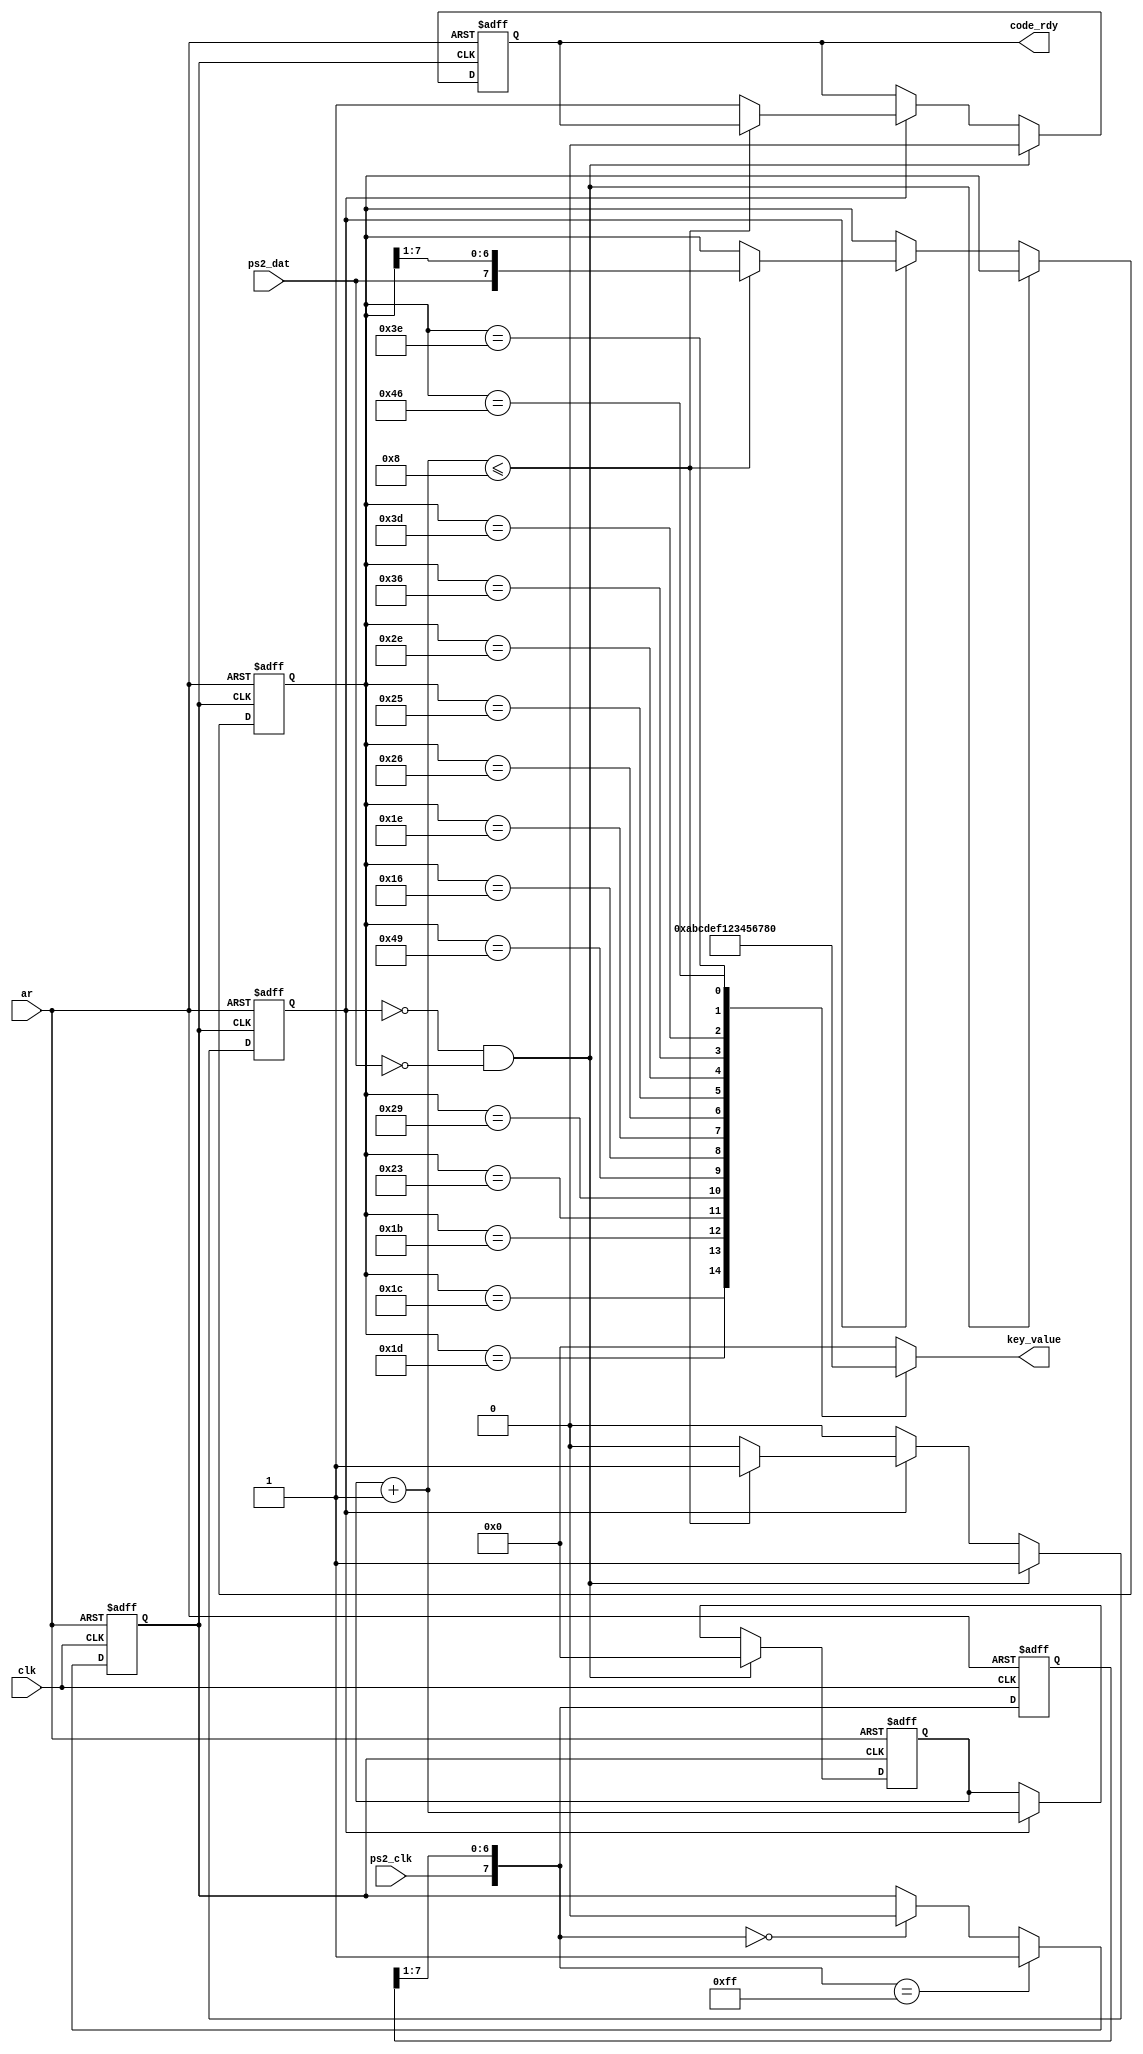
module kbd(ar, clk, ps2_clk, ps2_dat, key_value, code_rdy);
	input	ar;		// active low
	input	clk;  // 25 or 50 MHz should be okay
	input  ps2_clk;
	input	ps2_dat;
	output reg [3:0] key_value; // 0, 1, 3,.., A, B,... F (hex values)
	output reg  code_rdy;
	
	reg [7:0] code;
	   
	reg	ps2_clk_filt;
	reg [7:0] filter_sr;
	
	always @(negedge ar or posedge clk)
	if(~ar)
	   begin
			ps2_clk_filt = 1'b0;
			filter_sr = 8'b0;
	   end
	else
	   begin
	   filter_sr = {ps2_clk, filter_sr[7:1]};
	   
	   if(filter_sr == 8'hff)
		ps2_clk_filt = 1'b1;
		
		else if(filter_sr == 8'h00)
			ps2_clk_filt = 1'b0;
			
	  end
    
    
	reg [3:0]	bit_count;
	reg			currently_receiving;
	
	always @(negedge ar or posedge ps2_clk_filt)
		if(~ar)
			begin
				bit_count = 0;
				code_rdy = 1'b0;
				code = 7'h00;
				currently_receiving = 1'b0;
				
			end
		else
			begin
				if(~currently_receiving && ps2_dat == 1'b0)	// Indicates current receiving a start bit_count	
					begin
						currently_receiving = 1'b1;
						bit_count = 0;
						code_rdy = 1'b0;
					end
				else
					begin
					   if(currently_receiving)	
						begin
						
						bit_count = bit_count + 1'b1;
						
						if(bit_count <= 4'd8)
							code = {ps2_dat, code[7:1]}; // Shift in the latest ps2 data bit_count
						else	
							begin
								code_rdy = 1'b1;
								currently_receiving = 1'b0;
							end
						end
					end
			end
			
							
	
	always@(code)
		case(code)						// These are the numbers along the top row of the keyboard
			8'h1C: key_value = 4'hA;
			8'h1D: key_value = 4'hB;
			8'h1B: key_value = 4'hC;
			8'h23: key_value = 4'hD;
			8'h29: key_value = 4'hE;
			8'h49: key_value = 4'hF;
			8'h45: key_value = 4'h0;
			8'h16: key_value = 4'h1;
			8'h1E: key_value = 4'h2;
			8'h26: key_value = 4'h3;
			8'h25: key_value = 4'h4;
			8'h2E: key_value = 4'h5;
			8'h36: key_value = 4'h6;
			8'h3D: key_value = 4'h7;
			8'h3E: key_value = 4'h8;
			8'h46: key_value = 4'h9;
			default: key_value = 4'h0;
		endcase
	
					
	endmodule